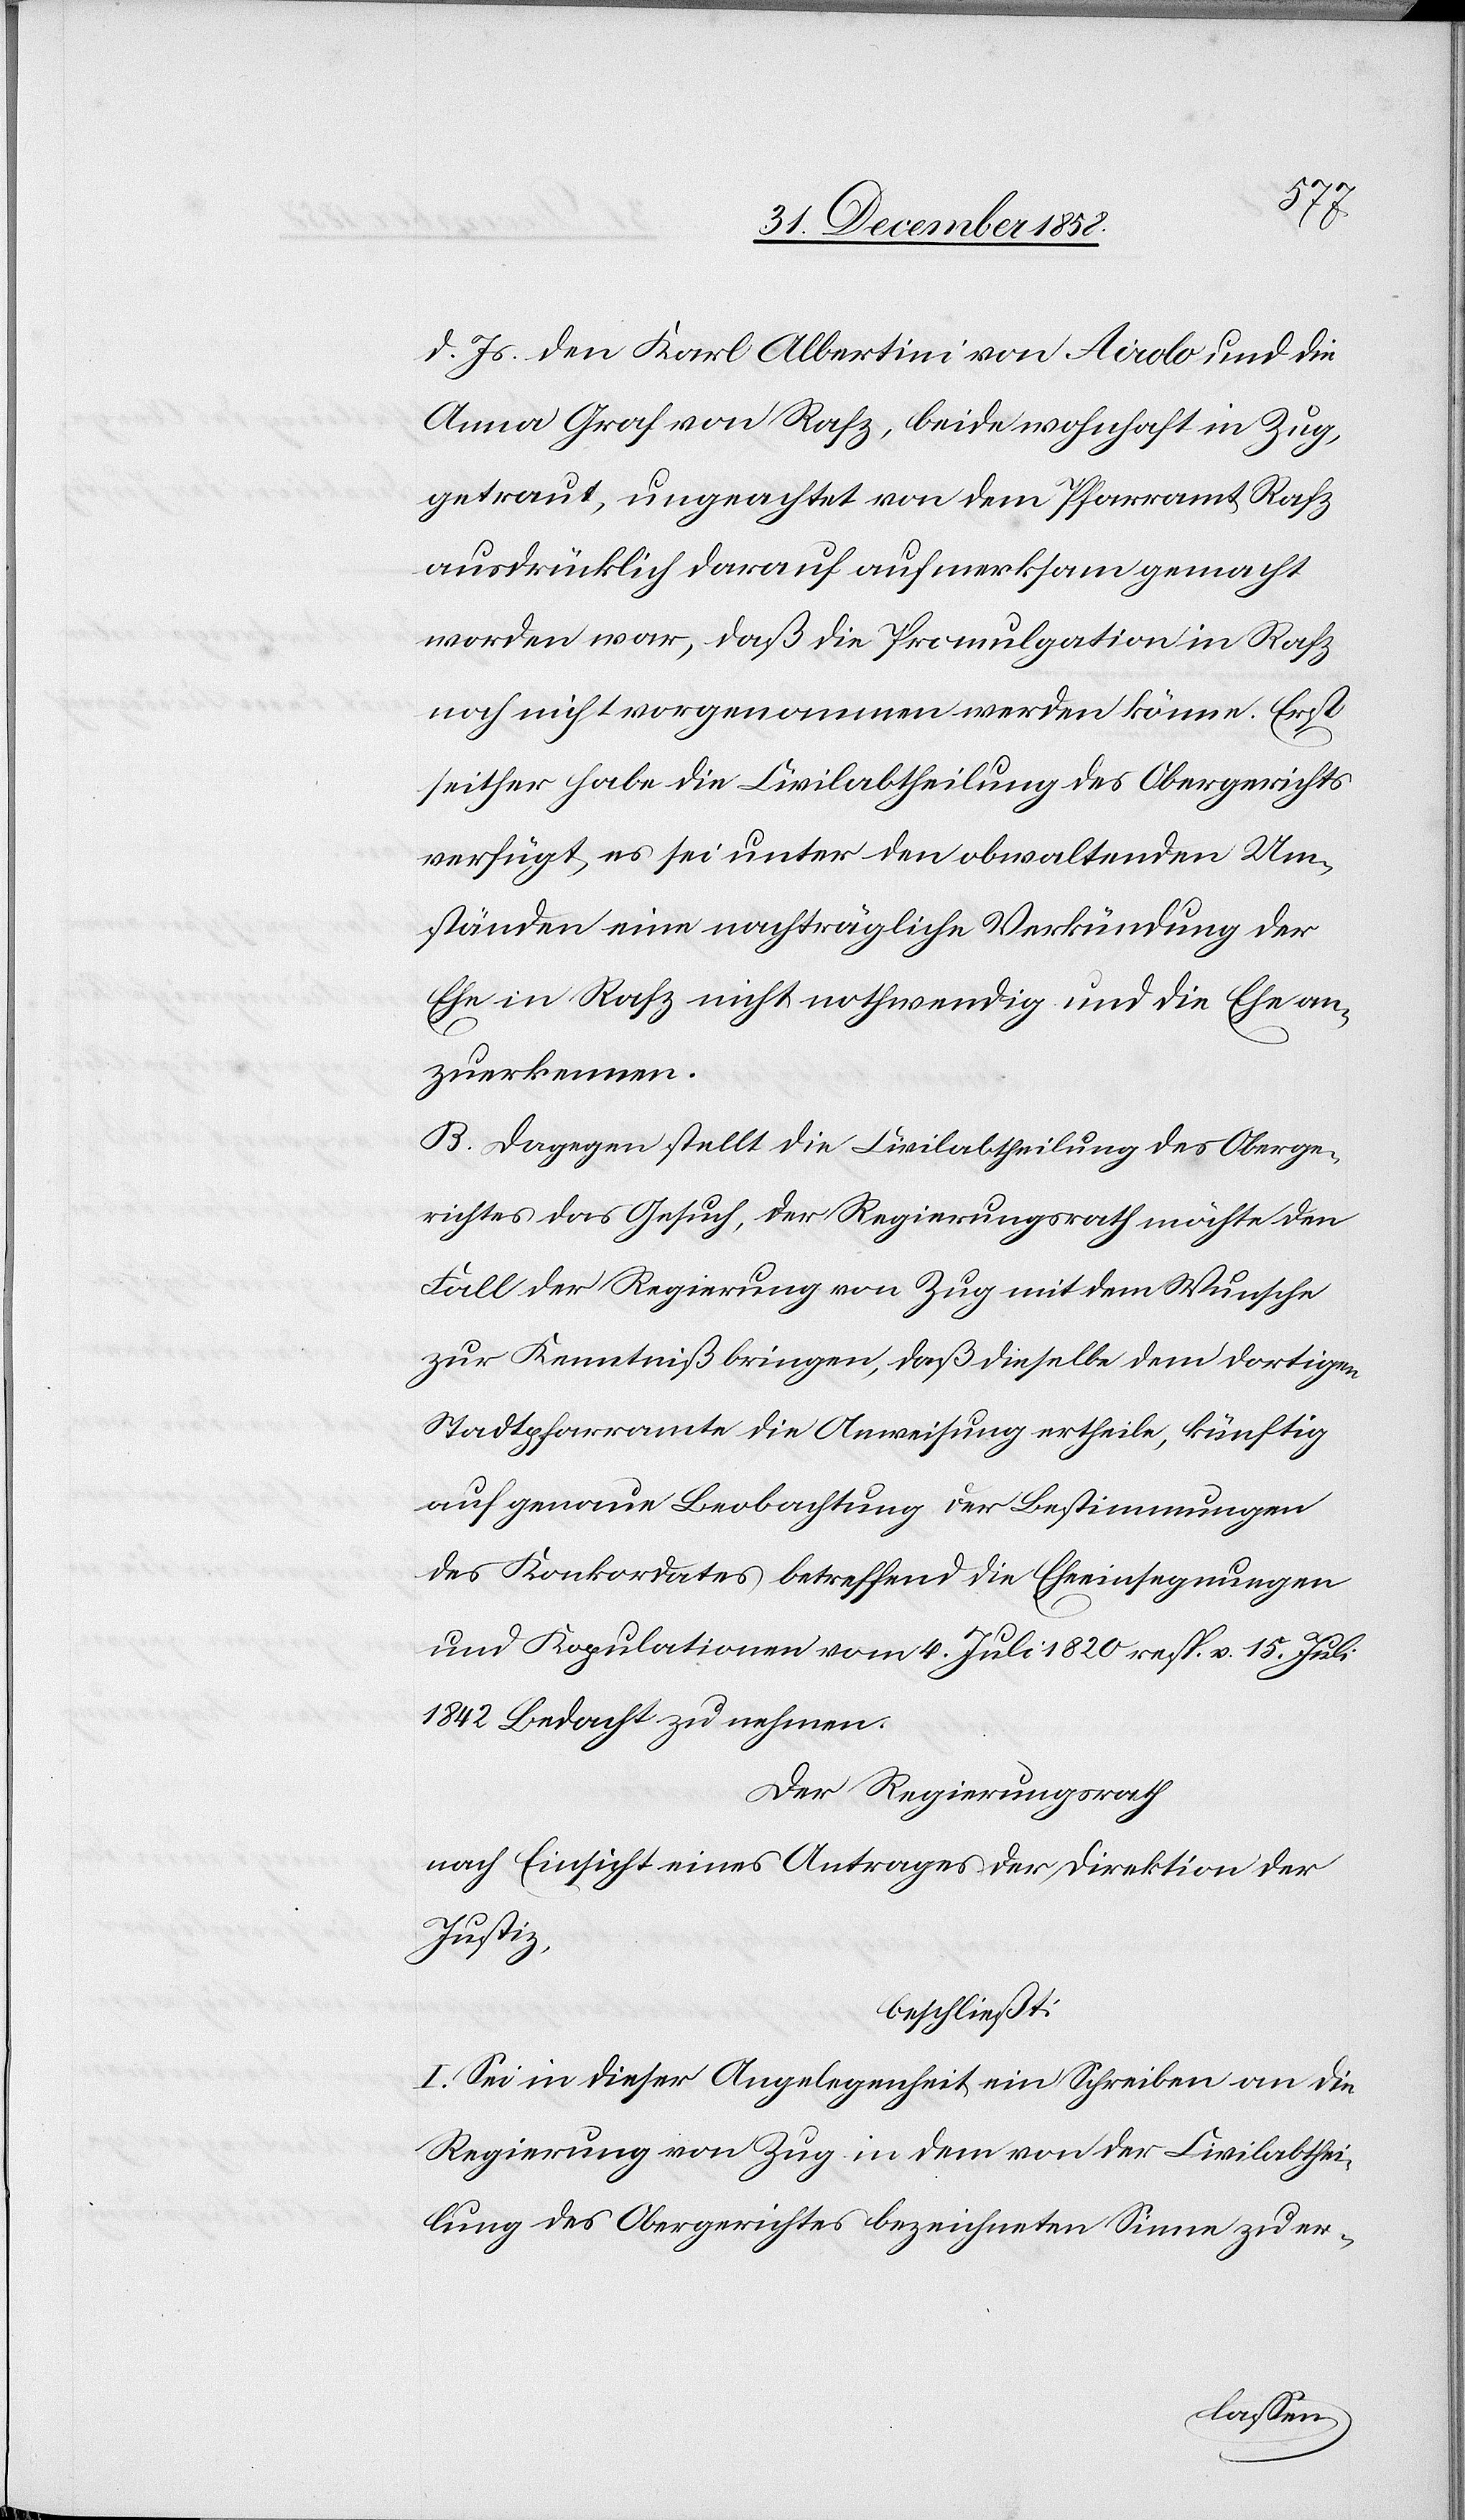
Notiz.
24. November 1855